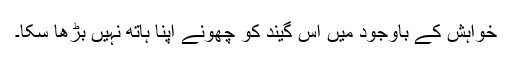
خواہش کے باوجود میں اس گیند کو چھونے اپنا ہاتھ نہیں بڑھا سکا۔